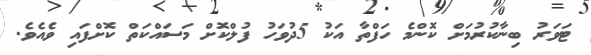
ޓަވަރު ބިނާކުރުމަށް ކޮންމެ ހަފްތާ އަކު 5ދުވަހު ފުލްކޮށް މަސައްކަތް ކޮށްފައި ވެއެވެ.